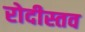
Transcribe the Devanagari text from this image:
रोदीस्तव